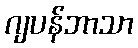
ဂျပန်ဘာသာ